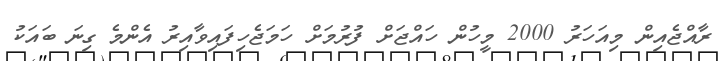
ރާއްޖެއިން މިއަހަރު 2000 މީހުން ހައްޖަށް ފުރުމަށް ހަމަޖެހިފައިވާއިރު އެންމެ ގިނަ ބައަކު